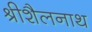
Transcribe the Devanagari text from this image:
श्रीशैलनाथ